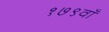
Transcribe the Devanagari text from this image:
१७९वाँ